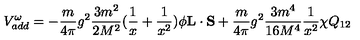
V _ { a d d } ^ { \omega } = - \frac { m } { 4 \pi } g ^ { 2 } \frac { 3 m ^ { 2 } } { 2 M ^ { 2 } } ( \frac { 1 } { x } + \frac { 1 } { x ^ { 2 } } ) \phi { \bf L } \cdot { \bf S } + \frac { m } { 4 \pi } g ^ { 2 } \frac { 3 m ^ { 4 } } { 1 6 M ^ { 4 } } \frac { 1 } { x ^ { 2 } } \chi Q _ { 1 2 }